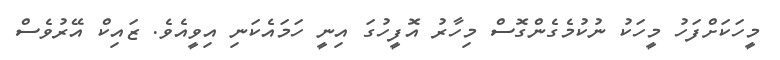
މީހަކަށްފަހު މީހަކު ނުކުމެގެންގޮސް މިހާރު އޮފީހުގަ އިނީ ހަމައެކަނި އިވީއެވެ. ޒައިކް އޭރުވެސް